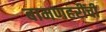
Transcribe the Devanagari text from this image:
बामणहरींची